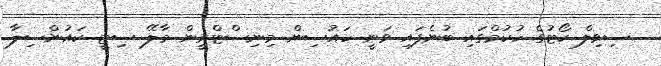
ސިވިލް ކޯޓުގެ ހުކުމްގައި ބުނެފައި ވަނީ ހައުސިން މިނިސްޓްރީން މާލޭ ސިޓީ ކައުންސިލާ